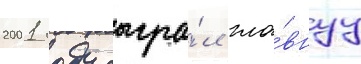
2001 году сыгра́л гла́внуу